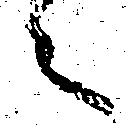
々